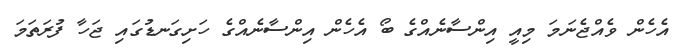
އެހެން ވެއްޖެނަމަ މިއީ އިންސާނެއްގެ ބޯ އެހެން އިންސާނެއްގެ ހަށިގަނޑުގައި ޖަހާ ފުރަތަމަ